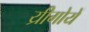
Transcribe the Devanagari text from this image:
य्रीगोयें